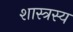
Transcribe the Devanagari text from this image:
शास्त्रस्य